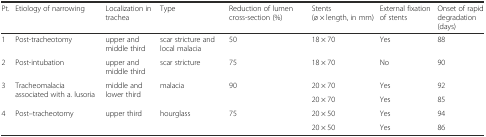
<table><thead><tr><td><b>Pt.</b></td><td><b>Etiology of narrowing</b></td><td><b>Localization in trachea</b></td><td><b>Type</b></td><td><b>Reduction of lumen cross-section (%)</b></td><td><b>Stents (ø × length, in mm)</b></td><td><b>External fixation of stents</b></td><td><b>Onset of rapid degradation (days)</b></td></tr></thead><tbody><tr><td>1</td><td>Post-tracheotomy</td><td>upper and middle third</td><td>scar stricture and local malacia</td><td>50</td><td>18 × 70</td><td>Yes</td><td>88</td></tr><tr><td>2</td><td>Post-intubation</td><td>upper and middle third</td><td>scar stricture</td><td>75</td><td>18 × 70</td><td>No</td><td>90</td></tr><tr><td rowspan="2">3</td><td rowspan="2">Tracheomalacia associated with a. lusoria</td><td rowspan="2">middle and lower third</td><td rowspan="2">malacia</td><td rowspan="2">90</td><td>20 × 70</td><td>Yes</td><td>92</td></tr><tr><td>20 × 70</td><td>Yes</td><td>85</td></tr><tr><td rowspan="2">4</td><td rowspan="2">Post–tracheotomy</td><td rowspan="2">upper third</td><td rowspan="2">hourglass</td><td rowspan="2">75</td><td>20 × 50</td><td>Yes</td><td>94</td></tr><tr><td>20 × 50</td><td>Yes</td><td>86</td></tr></tbody></table>